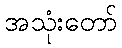
အသုံးတော်